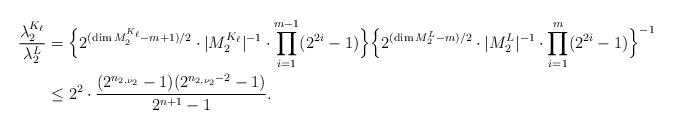
LaTeX: \begin{align*} \frac{\lambda_2^{K_{\ell}}}{\lambda_2^L}&=\Bigl\{2^{(\dim M_2^{K_{\ell}}-m+1)/2}\cdot|M_2^{K_{\ell}}|^{-1}\cdot\prod_{i=1}^{m-1}(2^{2i}-1)\Bigr\}\Bigl\{2^{(\dim M_2^L-m)/2}\cdot|M_2^L|^{-1}\cdot\prod_{i=1}^{m}(2^{2i}-1)\Bigr\}^{-1}\\ &\leq 2^2\cdot\frac{(2^{n_{2,\nu_2}}-1)(2^{n_{2,\nu_2}-2}-1)}{2^{n+1}-1}.\end{align*}